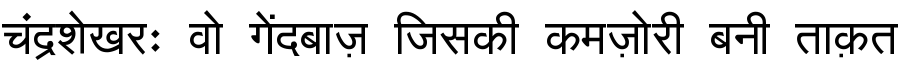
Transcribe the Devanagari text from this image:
चंद्रशेखरः वो गेंदबाज़ जिसकी कमज़ोरी बनी ताक़त